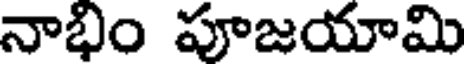
నాభిం పూజయామి